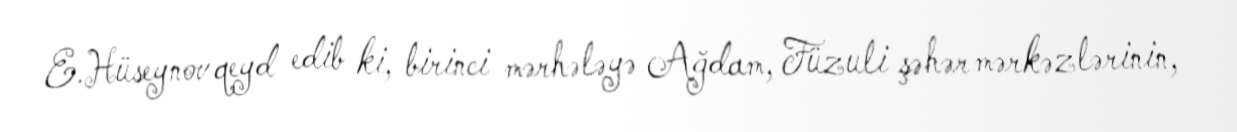
E.Hüseynov qeyd edib ki, birinci mərhələyə Ağdam, Füzuli şəhər mərkəzlərinin,